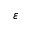
\boldsymbol \varepsilon